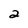
Character: 2